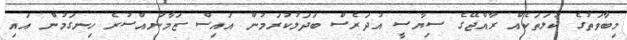
މިބާވަތުގެ ކުލަތަކެއް ރާއްޖޭގެ ސިޔާސީ އުދަރެސް ބަދަލުކުރަމުން އައިސް ޒަމާނުއްސުރެ ހިނގަމުން އައި